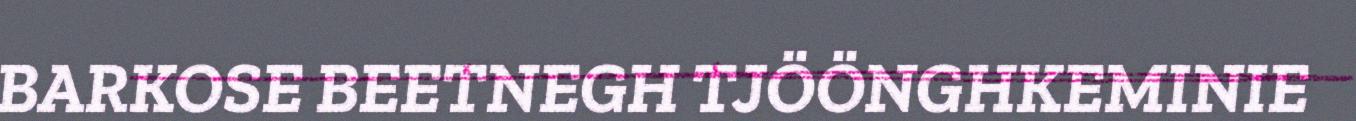
BARKOSE BEETNEGH TJÖÖNGHKEMINIE